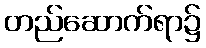
တည်ဆောက်ရာ၌